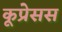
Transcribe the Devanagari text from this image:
कूप्रेसस